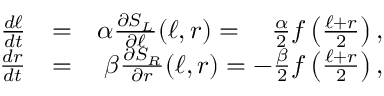
\begin{array} { r l r } { \frac { d \ell } { d t } } & { = } & { \alpha \frac { \partial S _ { L } } { \partial \ell } ( \ell , r ) = ~ ~ ~ \frac { \alpha } { 2 } f \left( \frac { \ell + r } { 2 } \right) , } \\ { \frac { d r } { d t } } & { = } & { \beta \frac { \partial S _ { R } } { \partial r } ( \ell , r ) = - \frac { \beta } { 2 } f \left( \frac { \ell + r } { 2 } \right) , } \end{array}